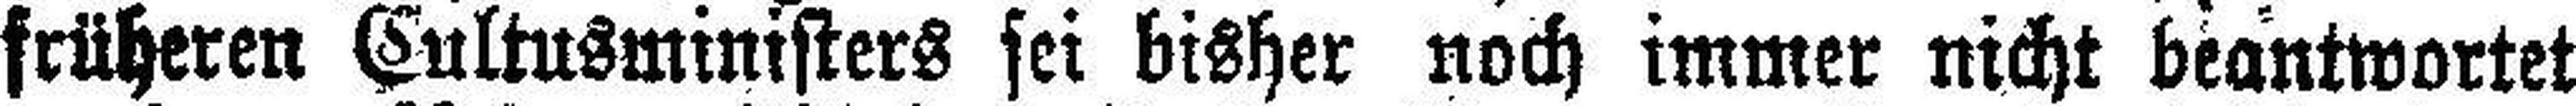
früheren Cultusministers sei bisher noch immer nicht beantwortet